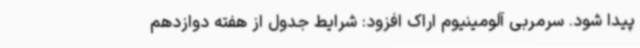
پیدا شود. سرمربی آلومینیوم اراک افزود: شرایط جدول از هفته دوازدهم